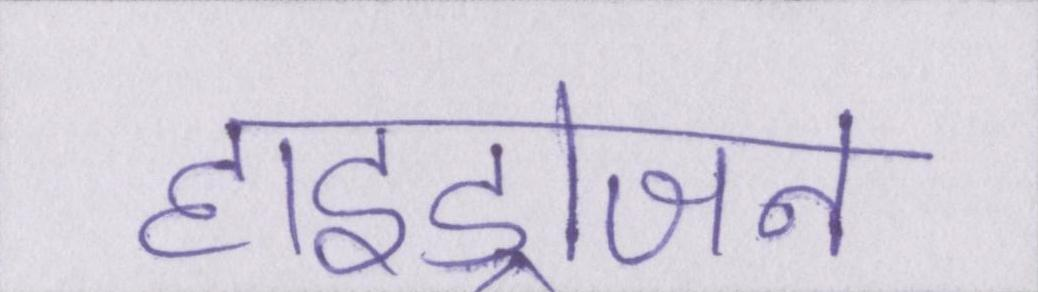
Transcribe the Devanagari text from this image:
हाइड्रोजन